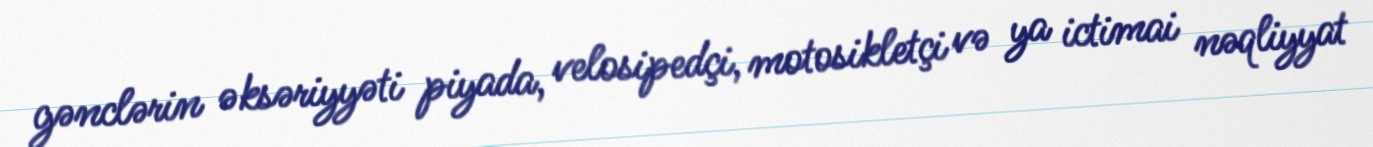
gənclərin əksəriyyəti piyada, velosipedçi, motosikletçi və ya ictimai nəqliyyat